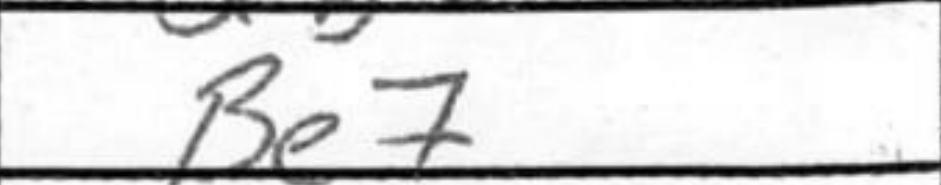
Transcription: Be7